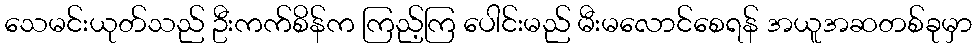
သေမင်းယုတ်သည် ဦးကက်စိန်က ကြည့်ကြ ပေါင်းမည် မီးမလောင်စေရန် အယူအဆတစ်ခုမှာ